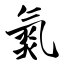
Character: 氮